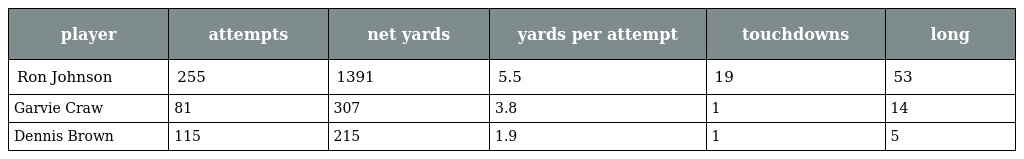
| player | attempts | net yards | yards per attempt | touchdowns | long |
 | --- | --- | --- | --- | --- | --- |
 | Ron Johnson | 255 | 1391 | 5.5 | 19 | 53 |
 | Garvie Craw | 81 | 307 | 3.8 | 1 | 14 |
 | Dennis Brown | 115 | 215 | 1.9 | 1 | 5 |